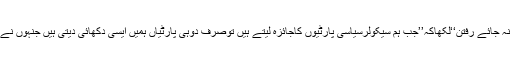
چودہ نومبرکے کالم میں راجیہ سبھا کے سابق ایم پی اورمعمرلیڈرنے بعنوان ’’نہ پائے ماندن نہ جائے رفتن‘‘لکھاکہ’’جب ہم سیکولرسیاسی پارٹیوں کاجائزہ لیتے ہیں توصرف دوہی پارٹیاں ہمیں ایسی دکھائی دیتی ہیں جنہوں نے کسی بھی حال میں فرقہ پرست پارٹیوں سے اقتدارحاصل کرنے کیلئے سمجھوتہ نہیں کیاہے۔